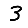
Digit: 3